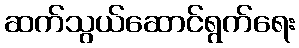
ဆက်သွယ်ဆောင်ရွက်ရေး